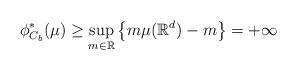
LaTeX: \begin{align*}\phi^\ast_{C_b}(\mu)\geq \sup_{m\in\mathbb{R}} \big\{ m\mu(\mathbb{R}^d) -m \big\}= +\infty\end{align*}